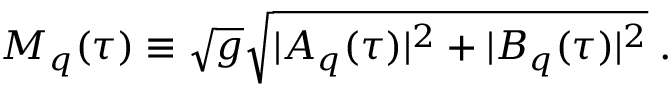
M _ { q } ( \tau ) \equiv \sqrt g \sqrt { | A _ { q } ( \tau ) | ^ { 2 } + | B _ { q } ( \tau ) | ^ { 2 } } \; .